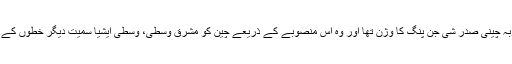
انہوں نے کہاکہ بیلٹ اینڈ روڈ منصوبہ چینی صدر شی جن پنگ کا وژن تھا اور وہ اس منصوبے کے ذریعے چین کو مشرقِ وسطیٰ، وسطی ایشیا سمیت دیگر خطوں کے ساتھ منسلک کرنے کے خواہاں ہیں۔